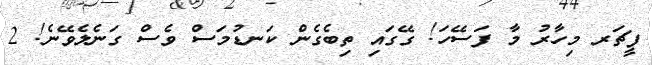
ފީޗަރ މިހާރު މާ ފަސޭހަ! ގޭގައި ތިބެގެން ކަނޑުމަސް ވެސް ގަނެލެވޭނެ! 2